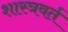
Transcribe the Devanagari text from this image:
शास्त्रवर्त